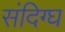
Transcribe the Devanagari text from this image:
संदिग्घ